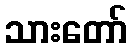
သားတော်